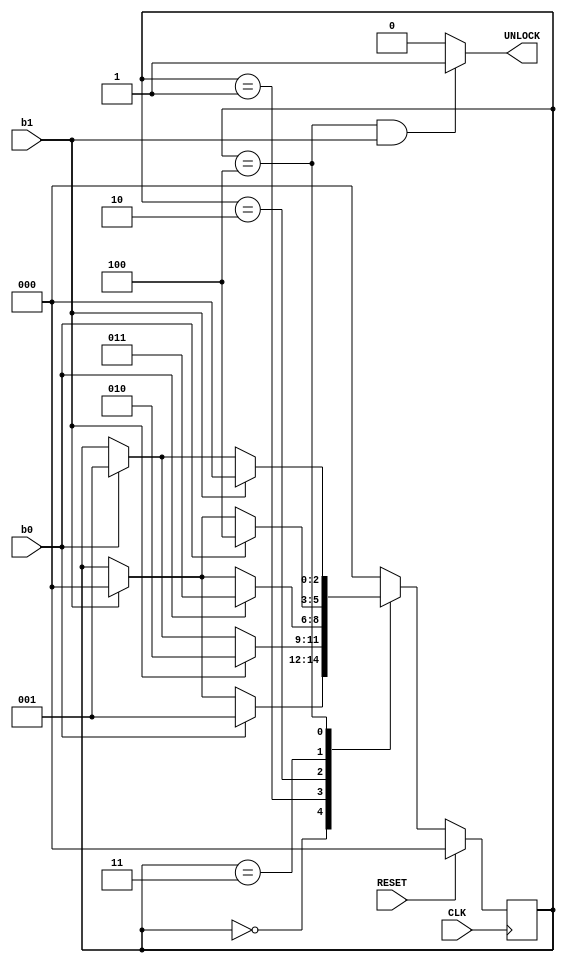
`timescale 1ns / 1ps

module combo_Lock
(
    input CLK, RESET,
    input b0, b1,
    output reg UNLOCK
    
);
    localparam s0 = 3'b000, s1 = 3'b001, 
                s2 = 3'b010, s3 = 3'b011, s4 = 3'b100;
    
    reg [2 : 0] current_state, next_state;
    
    initial
    begin
        current_state = s0;
        UNLOCK = 0;
    end
    
    
    // State Registers
    always @ (posedge CLK)
    begin
        if(RESET) current_state <= s0;
        else current_state <= next_state;
    end
    
    // Next State Logic
    always @ (current_state or b0 or b1)
    begin
        case(current_state)
            s0: if(b0) next_state = s1;
                else if(b1) next_state = s0;
                else next_state = current_state;
                
            s1: if(b1) next_state = s2;
                else if(b0) next_state = s1;
                else next_state = current_state;
                
            s2: if(b0) next_state = s3;
                else if(b1) next_state = s0;
                else next_state = current_state;
                
            s3: if(b0) next_state = s4;
                else if(b1) next_state = s0;
                else next_state = current_state;
                
            s4: if(b1) next_state = s0;
                else if(b0) next_state = s1;
                else next_state = current_state;
                
            default next_state = s0;
            
        endcase
    end
    
    // Output Logic
    always @ (current_state or b0 or b1)
    begin
        if( (current_state == s4) & b1 == 1)
            UNLOCK = 1;
        else 
            UNLOCK = 0;
    end
endmodule